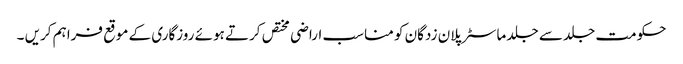
حکومت جلد سے جلد ماسٹر پلان زدگان کو مناسب اراضی مختص کرتے ہوئے روزگاری کے موقع فراہم کریں ۔